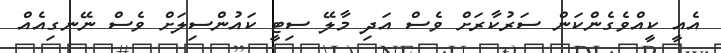
އެއީ ކީއްވެގެންކަން ސަރުކާރަށް ވެސް އަދި މާލޭ ސިޓީ ކައުންސިލަށް ވެސް ނޭނގިއެއް